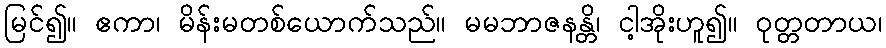
မြင်၍။ ဧကာ၊ မိန်းမတစ်ယောက်သည်။ မမဘာဇနန္တိ၊ ငါ့အိုးဟူ၍။ ဝုတ္တတာယ၊